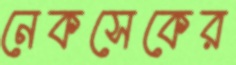
নেকসেকের